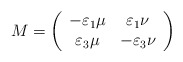
\begin{align*}M=\left( \begin{array}{cc}-\varepsilon_1\mu&\varepsilon_1\nu\\ \varepsilon_3\mu&-\varepsilon_{3}\nu\end{array}\right) \end{align*}